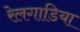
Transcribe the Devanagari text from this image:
रेलगाडिया